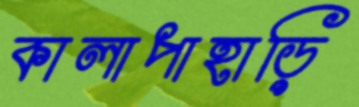
কালাপাহাড়ি